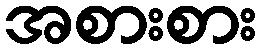
အစားစား